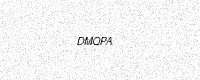
Text: DMQPA